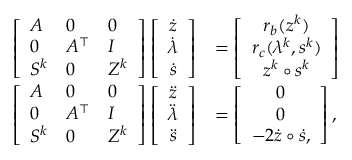
\begin{array} { r l } { \left[ \begin{array} { l l l } { A } & { 0 } & { 0 } \\ { 0 } & { A ^ { \top } } & { I } \\ { S ^ { k } } & { 0 } & { Z ^ { k } } \end{array} \right] \left[ \begin{array} { c } { \dot { z } } \\ { \dot { \lambda } } \\ { \dot { s } } \end{array} \right] } & { = \left[ \begin{array} { c } { r _ { b } ( z ^ { k } ) } \\ { r _ { c } ( \lambda ^ { k } , s ^ { k } ) } \\ { z ^ { k } \circ s ^ { k } } \end{array} \right] } \\ { \left[ \begin{array} { l l l } { A } & { 0 } & { 0 } \\ { 0 } & { A ^ { \top } } & { I } \\ { S ^ { k } } & { 0 } & { Z ^ { k } } \end{array} \right] \left[ \begin{array} { c } { \ddot { z } } \\ { \ddot { \lambda } } \\ { \ddot { s } } \end{array} \right] } & { = \left[ \begin{array} { c } { 0 } \\ { 0 } \\ { - 2 \dot { z } \circ \dot { s } , } \end{array} \right] , } \end{array}